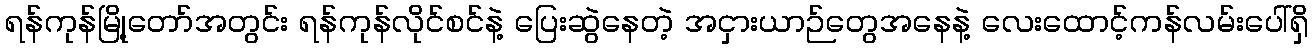
ရန်ကုန်မြို့တော်အတွင်း ရန်ကုန်လိုင်စင်နဲ့ ပြေးဆွဲနေတဲ့ အငှားယာဉ်တွေအနေနဲ့ လေးထောင့်ကန်လမ်းပေါ်ရှိ